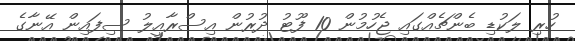
ހުރި ލަކުޑި ބެންޗެއްގައި ޖެހުމުން 10 ފޫޓު ދުރުން އިސްރާއީލު ސިފައިން އޭނާގެ